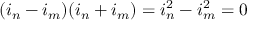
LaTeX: ( i _ { n } - i _ { m } ) ( i _ { n } + i _ { m } ) = i _ { n } ^ { 2 } - i _ { m } ^ { 2 } = 0